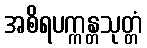
အစိရပက္ကန္တသုတ္တံ